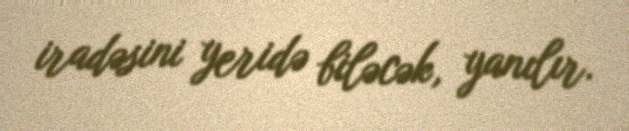
iradəsini yeridə biləcək, yanılır.